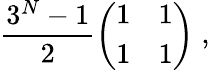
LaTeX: \frac{3^{N}-1}{2}\left(\begin{array}{cc}{{1}}&{{1}}\\ {{1}}&{{1}}\end{array}\right)\; ,